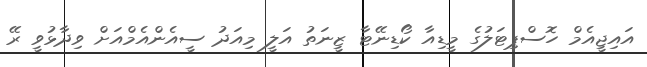
އައިޖީއެމް ހޮސްޕިޓަލުގެ މީޑިއާ ކޯޑިނޭޓާ ޒީނަތު އަލީ މިއަދު ސީއެންއެމްއަށް ވިދާޅުވީ ރޭ